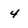
Character: 4